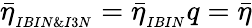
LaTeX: \bar{\eta}_{_{IBIN\& I3N}}=\bar{\eta}_{_{IBIN}}q=\bar{\eta}